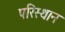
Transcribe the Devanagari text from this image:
परिस्थान